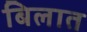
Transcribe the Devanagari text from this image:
बिलात